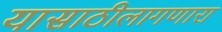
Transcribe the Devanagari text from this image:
यासाठीलागणारा